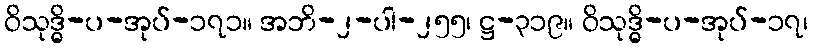
ဝိသုဒ္ဓိ-ပ-အုပ်-၁၇၁။ အဘိ-၂-ပါ-၂၅၅၊ ဋ္ဌ-၃၁၉။ ဝိသုဒ္ဓိ-ပ-အုပ်-၁၇၊